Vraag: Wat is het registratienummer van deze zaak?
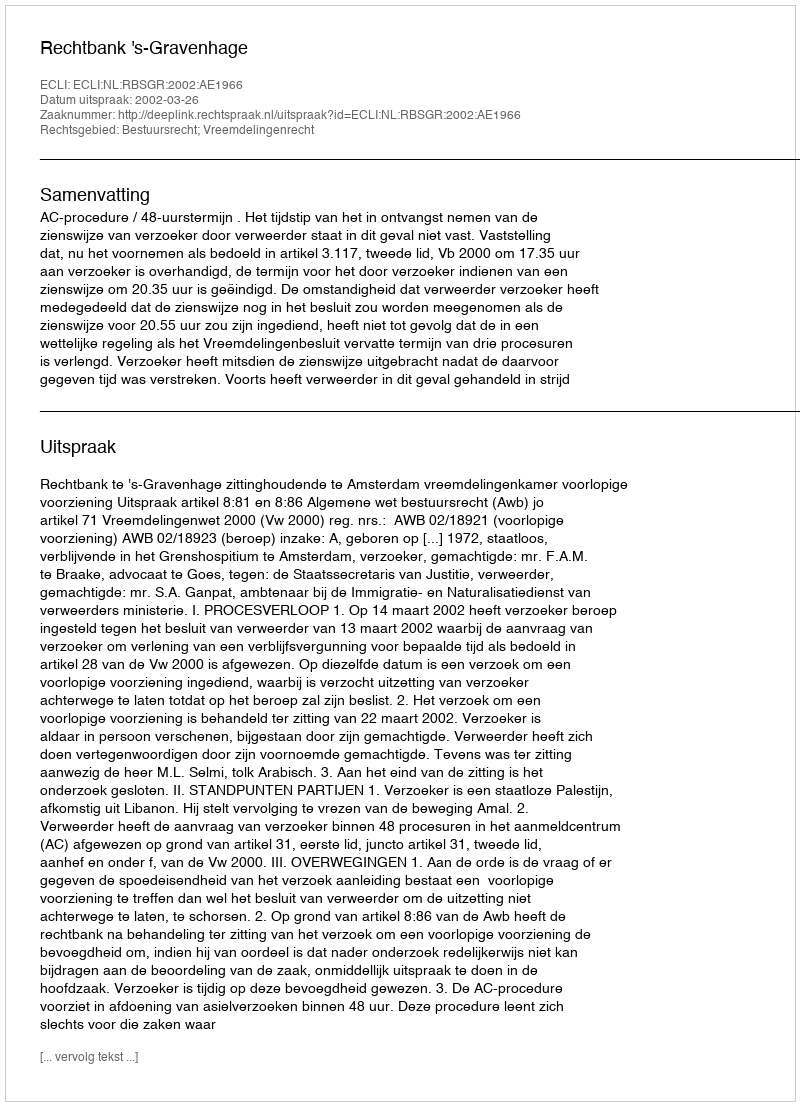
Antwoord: http://deeplink.rechtspraak.nl/uitspraak?id=ECLI:NL:RBSGR:2002:AE1966